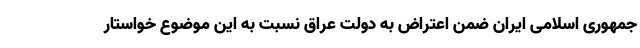
جمهوری اسلامی ایران ضمن اعتراض به دولت عراق نسبت به این موضوع خواستار